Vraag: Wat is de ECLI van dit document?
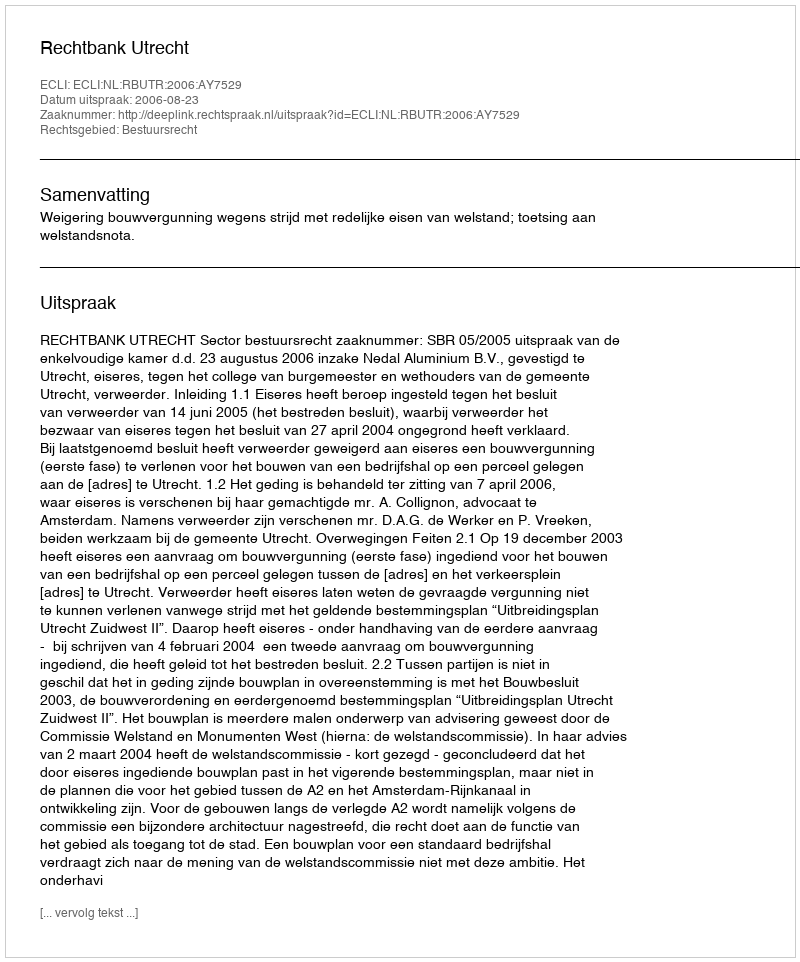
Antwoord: ECLI:NL:RBUTR:2006:AY7529